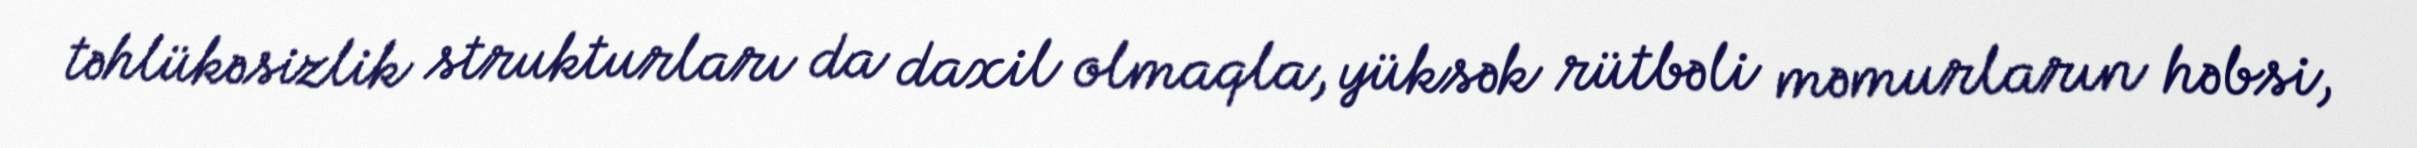
təhlükəsizlik strukturları da daxil olmaqla, yüksək rütbəli məmurların həbsi,